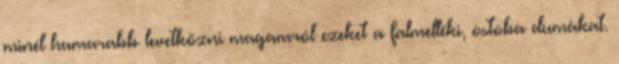
minél hamarabb levetkőzni magamról ezeket a falmelléki, ostoba dumákat.